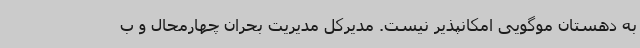
به دهستان موگویی امکانپذیر نیست. مدیرکل مدیریت بحران چهارمحال و ب